Leaving Certificate Examination, 1918
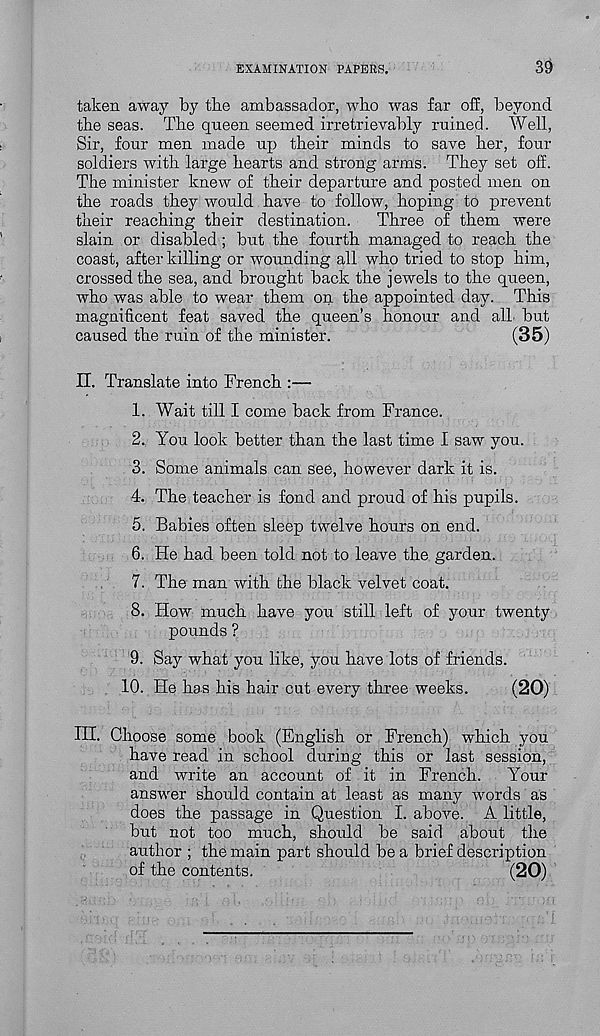
EXAMINATION PAPERS.
39
taken away by tbe ambassador, who was far off, beyond
tbe seas. Tbe queen seemed irretrievably ruined. Well,
Sir, four men made up their minds to save her, four
soldiers with large hearts and strong arms. They set off.
The minister knew of their departure and posted men on
the roads they would have to follow, hoping to prevent
their reaching their destination.
Three of them were
slain or disabled; but the fourth managed to reach the
coast, after killing or wounding all who tried to stop him,
crossed the sea, and brought back the jewels to the queen,
who was able to wear them on the appointed day. This
magnificent feat saved the queen’s honour and alL but
caused the ruin of the minister.
(35)
II. Translate into French :—
1. Wait till I come back from France.
2. You look better than the last time I saw you.
3. Some animals can see, however dark it is.
4. The teacher is fond and proud of his pupils.
5. Babies often sleep twelve hours on end.
6. He had been told not to leave the garden.
7. The man with the black velvet coat.
8. How much have you still left of your twenty
pounds ?
9. Say what you like, you have lots of friends.
10. He has his hair cut every three weeks.
(20)
IH. Choose some book (English or French) which you
have read in school during this or last session,
and write an account of it in French.
Your
answer should contain at least as many words as
does the passage in Question I. above. A little,
but not too much, should be said about the
author ; the main part should be a brief description
of the contents.
(20)